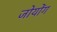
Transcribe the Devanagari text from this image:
जोयोंग